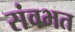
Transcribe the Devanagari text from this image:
संवभत